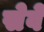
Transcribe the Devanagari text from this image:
सेवें